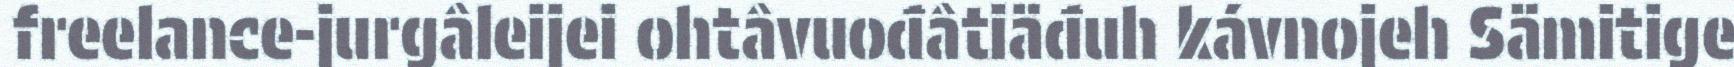
freelance-jurgâleijei ohtâvuođâtiäđuh kávnojeh Sämitige